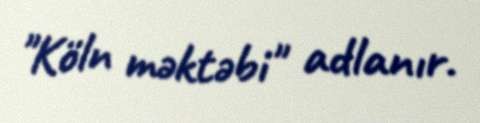
"Köln məktəbi" adlanır.